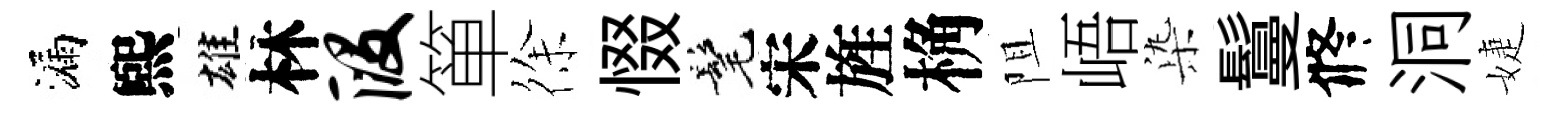
漏煕雄林段箪徐惙髦宋旌桷阻峿𣑱鬘修洞婕